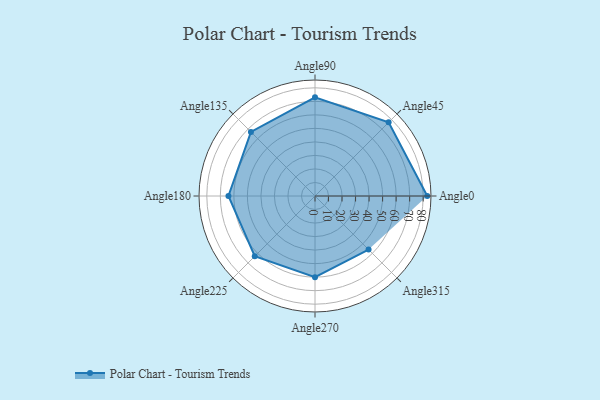
{"axis": {"x": "Angle", "y": "Radius"}, "legend": [""], "data": [{"x": "Angle0", "y": 83.0, "type": ""}, {"x": "Angle45", "y": 77.0, "type": ""}, {"x": "Angle90", "y": 73.0, "type": ""}, {"x": "Angle135", "y": 67.0, "type": ""}, {"x": "Angle180", "y": 64.0, "type": ""}, {"x": "Angle225", "y": 63.0, "type": ""}, {"x": "Angle270", "y": 60.0, "type": ""}, {"x": "Angle315", "y": 56.0, "type": ""}]}